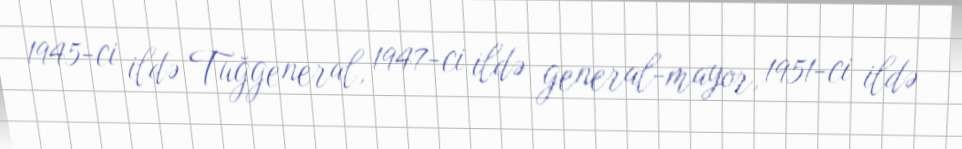
1945-ci ildə Tuğgeneral, 1947-ci ildə general-mayor, 1951-ci ildə